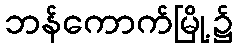
ဘန်ကောက်မြို့၌